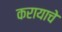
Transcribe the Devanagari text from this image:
करायाचे